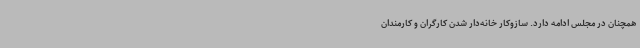
همچنان در مجلس ادامه دارد. سازوکار خانه‌دار شدن کارگران و کارمندان